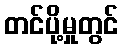
တင်ပို့မှုတွင်